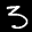
Label: 3